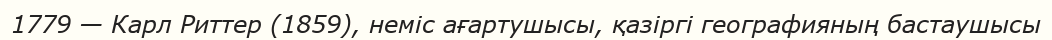
1779 — Карл Риттер (1859), неміс ағартушысы, қазiргi географияның бастаушысы